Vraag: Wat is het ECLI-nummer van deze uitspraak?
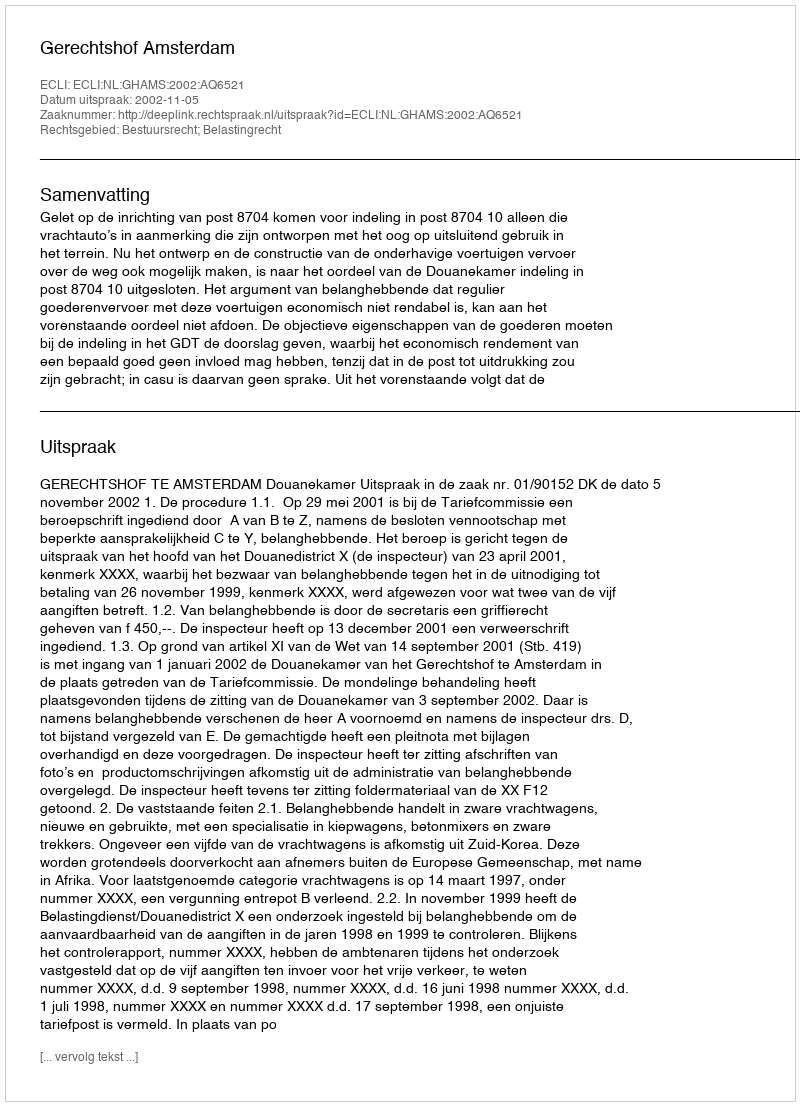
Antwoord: ECLI:NL:GHAMS:2002:AQ6521